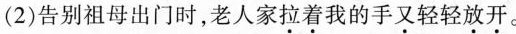
(2)告别祖母出门时，老人家\underset{·}{拉}\underset{·}{着}我的手\underset{·}{又}轻轻\underset{·}{放}\underset{·}{开}。